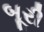
બૂરી